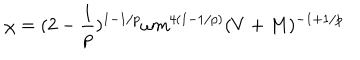
\chi = ( 2 - \frac { 1 } { p } ) ^ { 1 - 1 / p } \omega m ^ { 4 ( 1 - 1 / p ) } ( V + M ) ^ { - 1 + 1 / p }